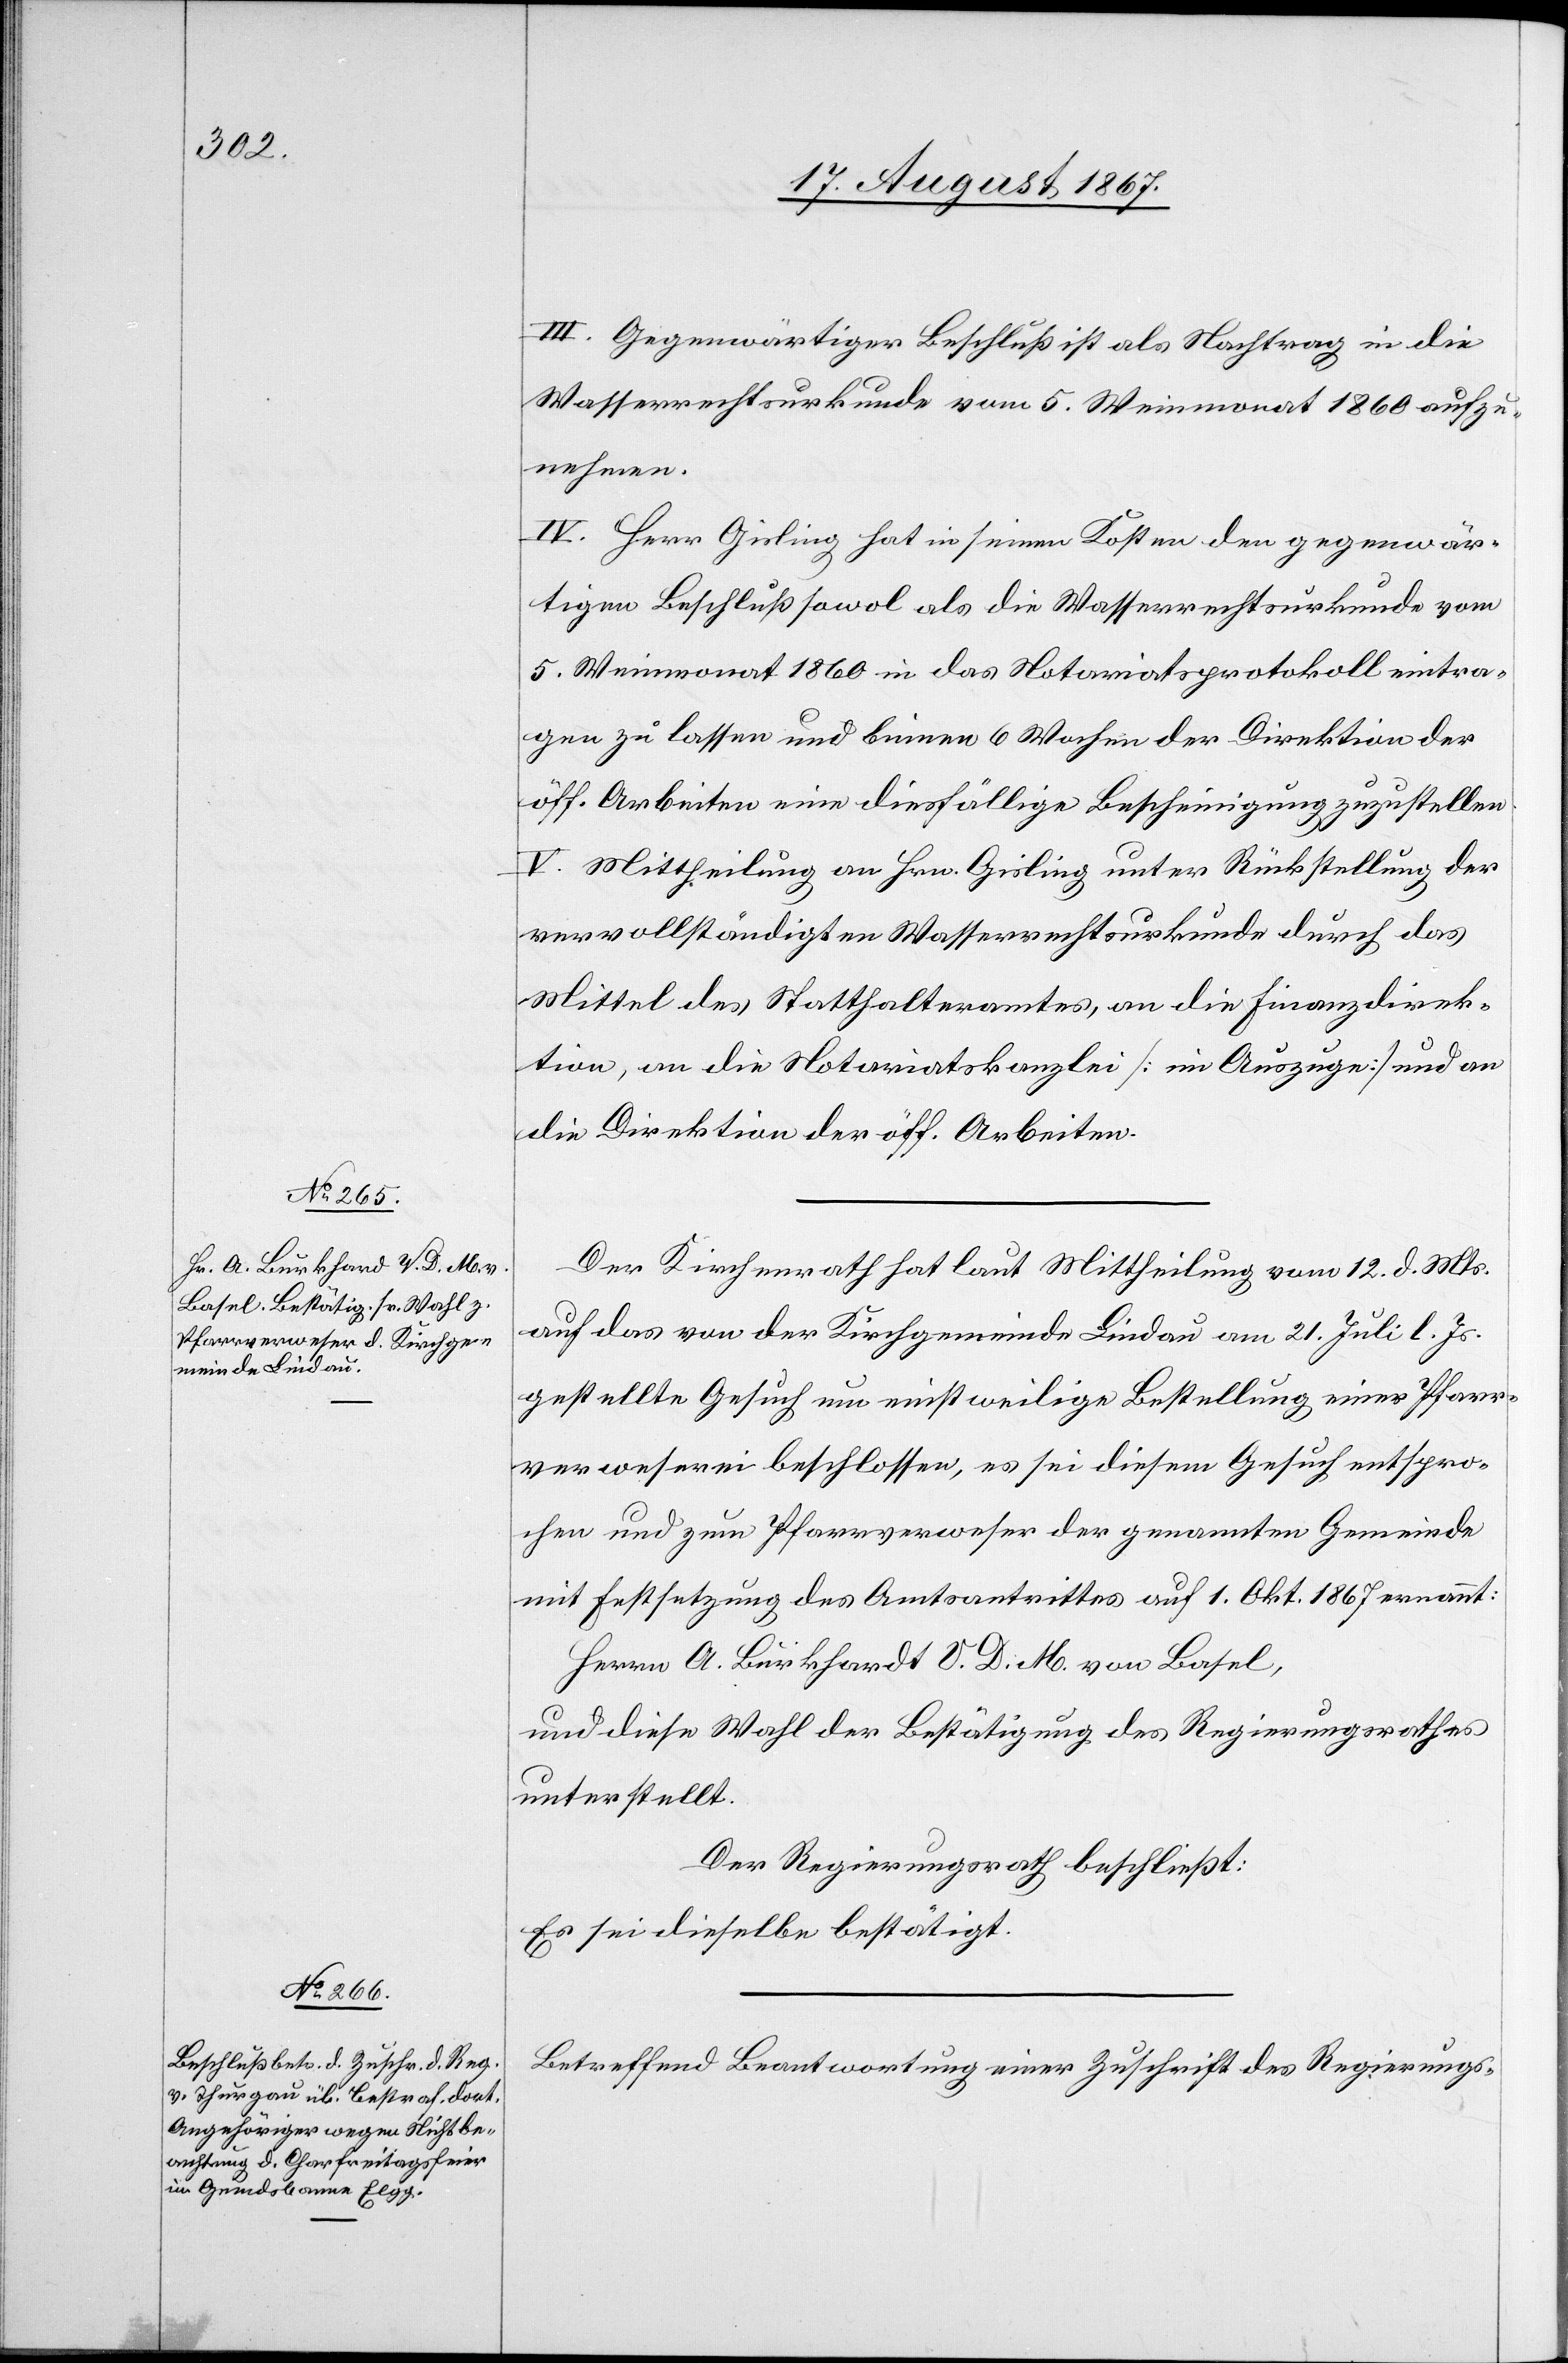
A. Burkhard V. D. M. von

III. Gegenwärtiger Beschluß ist als Nachtrag in die
Wasserrechtsurkunde vom 5. Weinmonat 1860 aufzu¬
nehmen.
IV. Herr Gisling hat in seinen Kosten den gegenwär¬
tigen Beschluß sowol als die Wasserrechtsurkunde vom
5. Weinmonat 1860 in das Notariatsprotokoll eintra¬
gen zu lassen und binnen 6 Wochen der Direktion der
öff. Arbeiten eine diesfällige Bescheinigung zuzustellen.
V. Mittheilung an Hrn. Gisling unter Rückstellung der
vervollständigten Wasserrechtsurkunde durch das
Mittel des Statthalteramtes, an die Finanzdirek¬
tion, an die Notariatskanzlei [im Auszuge] und an
die Direktion der öff. Arbeiten.
Der Kirchenrath hat laut Mittheilung vom 12. d. Mts
auf das von der Kirchgemeinde Lindau am 21. Juli l. Js.
gestellte Gesuch um einstweilige Bestellung einer Pfarr¬
verweserei beschlossen, es sei diesem Gesuch entspro¬
chen und zum Pfarrverweser der genannten Gemeinde
mit Festsetzung des Amtsantrittes auf 1. Okt. 1867 ernannt:
und diese Wahl der Bestätigung des Regierungsrathes
unterstellt.
Der Regierungsrath beschließt:
Es sei dieselbe bestätigt.
Betreffend Beantwortung einer Zuschrift des Regierungs-